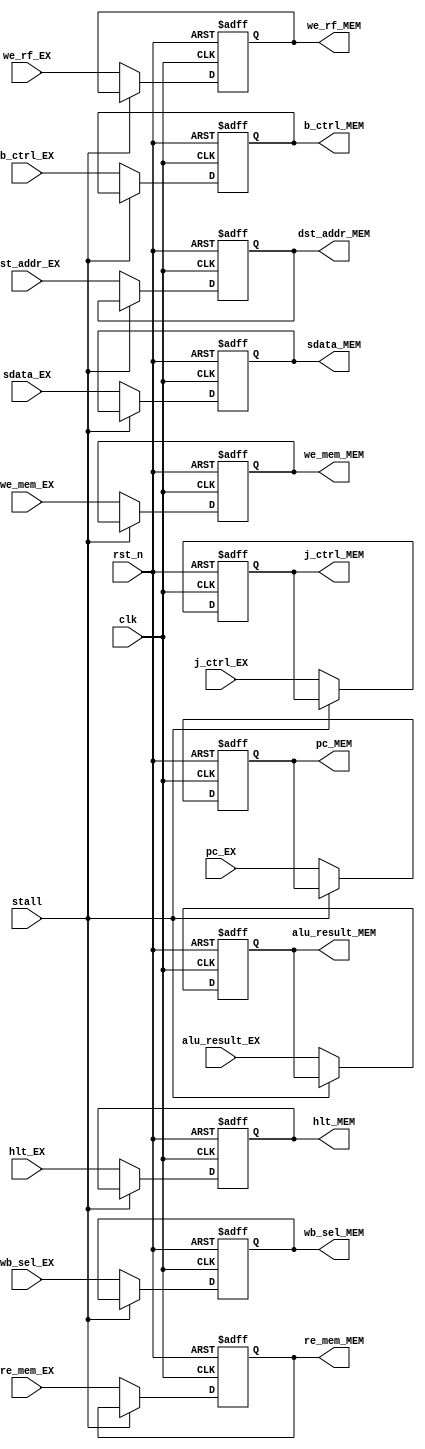
module EX_MEM_FF(
	// Output
	we_mem_MEM, re_mem_MEM, alu_result_MEM, wb_sel_MEM, dst_addr_MEM,
	we_rf_MEM, sdata_MEM, b_ctrl_MEM, pc_MEM, j_ctrl_MEM, hlt_MEM,
	// Input
	we_mem_EX, re_mem_EX, alu_result_EX, wb_sel_EX, dst_addr_EX,
	we_rf_EX, sdata_EX, b_ctrl_EX, pc_EX, j_ctrl_EX, hlt_EX,
	clk, rst_n, stall);
	
	// Inputs
	input wire [15:0] alu_result_EX, sdata_EX, pc_EX;
	input wire [3:0] dst_addr_EX;
	input wire wb_sel_EX, we_mem_EX, re_mem_EX, clk, stall, 
		rst_n, we_rf_EX, b_ctrl_EX, j_ctrl_EX, hlt_EX;
	
	// Outputs
	output reg [15:0] alu_result_MEM, sdata_MEM, pc_MEM;
	output reg [3:0] dst_addr_MEM;
	output reg we_rf_MEM, we_mem_MEM, re_mem_MEM, wb_sel_MEM, 
		b_ctrl_MEM, j_ctrl_MEM, hlt_MEM;
	
	// Local wires
	wire [15:0] next_alu_result, next_sdata, next_pc;
	wire [3:0] next_dst_addr;
	wire next_we_rf, next_we_mem, next_re_mem, next_wb_sel, next_b_ctrl, next_j_ctrl,
		next_hlt;
	
	
	always@(posedge clk, negedge rst_n)begin
		if(~rst_n)begin
			alu_result_MEM <= 16'h0000;
			we_rf_MEM <= 1'b0;
			we_mem_MEM <= 1'b0;
			re_mem_MEM <= 1'b0;
			wb_sel_MEM <= 1'b0;
			dst_addr_MEM <= 4'b0000;
			sdata_MEM <= 16'h0000;
			b_ctrl_MEM <= 1'b0;
			pc_MEM <= 16'h0000;
			j_ctrl_MEM <= 1'b0;
			hlt_MEM <= 1'b0;
		end 
		else begin
			alu_result_MEM <= next_alu_result;
			we_rf_MEM <= next_we_rf;
			we_mem_MEM <= next_we_mem;
			re_mem_MEM <= next_re_mem;
			wb_sel_MEM <= next_wb_sel;
			dst_addr_MEM <= next_dst_addr;
			sdata_MEM <= next_sdata;
			b_ctrl_MEM <= next_b_ctrl;
			pc_MEM <= next_pc;
			j_ctrl_MEM <= next_j_ctrl;
			hlt_MEM <= next_hlt;
		end
	end 
	
	assign next_alu_result = (stall) ? alu_result_MEM : alu_result_EX;
	assign next_we_rf = (stall) ? we_rf_MEM : we_rf_EX;
	assign next_we_mem = (stall) ? we_mem_MEM : we_mem_EX;
	assign next_re_mem = (stall) ? re_mem_MEM : re_mem_EX;
	assign next_wb_sel = (stall) ? wb_sel_MEM : wb_sel_EX;
	assign next_dst_addr = (stall) ? dst_addr_MEM : dst_addr_EX;
	assign next_sdata = (stall) ? sdata_MEM : sdata_EX;
	assign next_b_ctrl = (stall) ? b_ctrl_MEM : b_ctrl_EX;
	assign next_pc = (stall) ? pc_MEM : pc_EX;
	assign next_j_ctrl = (stall) ? j_ctrl_MEM : j_ctrl_EX;
	assign next_hlt = (stall) ? hlt_MEM : hlt_EX;
	 
endmodule